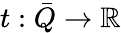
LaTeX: t:\bar{Q}\rightarrow\mathbb{R}